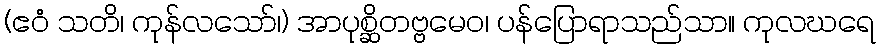
(ဧဝံ သတိ၊ ကုန်လသော်၊) အာပုစ္ဆိတဗ္ဗမေဝ၊ ပန်ပြောရာသည်သာ။ ကုလဃရေ